system: You are a helpful assistant.
user:
Analyze the provided spectrum to determine if it is a **"Cataclysmic Variables (CV)"**.

- **Key Indicators for CV (Check for either state):**
    - **State 1: Quiescent / Low-State (Emission-Dominated)**
        - **(Primary):** Strong and *very broad* Hydrogen Balmer emission lines (e.g., $H\alpha$ at 6563 Å, $H\beta$ at 4861 Å). The 'broadness' (high velocity dispersion, often FWHM > 1000 km/s) is the key diagnostic, indicating a high-velocity accretion disk.
        - **(Secondary):** Broad neutral Helium (He I) emission lines (e.g., 5876 Å, 6678 Å).
        - **(Key Confirmation):** Presence of high-excitation *ionized* Helium (He II) emission at 4686 Å. This is a strong indicator of accretion onto a white dwarf.
        - **(Line Profile):** Emission lines may exhibit a 'double-peaked' profile, which is a classic signature of a rotating accretion disk viewed at high inclination.

    - **State 2: Outburst / High-State (Absorption-Dominated)**
        - **(Primary):** Spectrum is dominated by a bright, blue continuum (looks like a hot star).
        - **(Secondary):** The emission lines from State 1 are weak, absent, or 'filled in', and are replaced by broad, shallow *absorption* lines (primarily Balmer and He I).
        - **(Morphology):** The overall spectrum mimics a hot B/A-type star. The crucial difference is that the absorption lines are significantly broader, shallower, and more 'washed-out' (or 'smeared') than the sharp lines of a normal stellar photosphere, due to high rotational speeds and pressure broadening in the disk.

Think first, call **spectral_visualization_tool** if needed to examine features in detail, then provide your final answer. Your response must adhere to the following strict rules:
1.  **Overall Structure:** Your response must follow the format `<think>...</think> <tool_call>...</tool_call> (if a tool is used) <answer>...</answer>`.
2.  **Tool Usage Constraint:** You may only make **one** tool call per turn.
3.  **Final Answer Format:** In the `<answer>` tag, your conclusion must be inside a `\boxed{}` command (e.g., `\boxed{YES}`), followed by your justification.

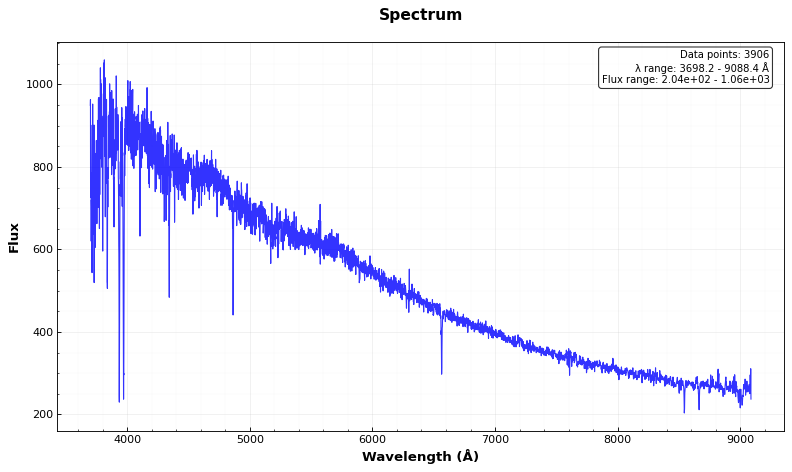
Answer: NO